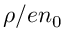
\rho / e n _ { 0 }